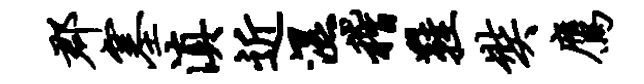
郡塞滇近湿稽鞋奘鹰